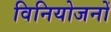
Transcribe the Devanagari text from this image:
विनियोजनों